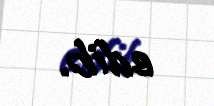
edib.